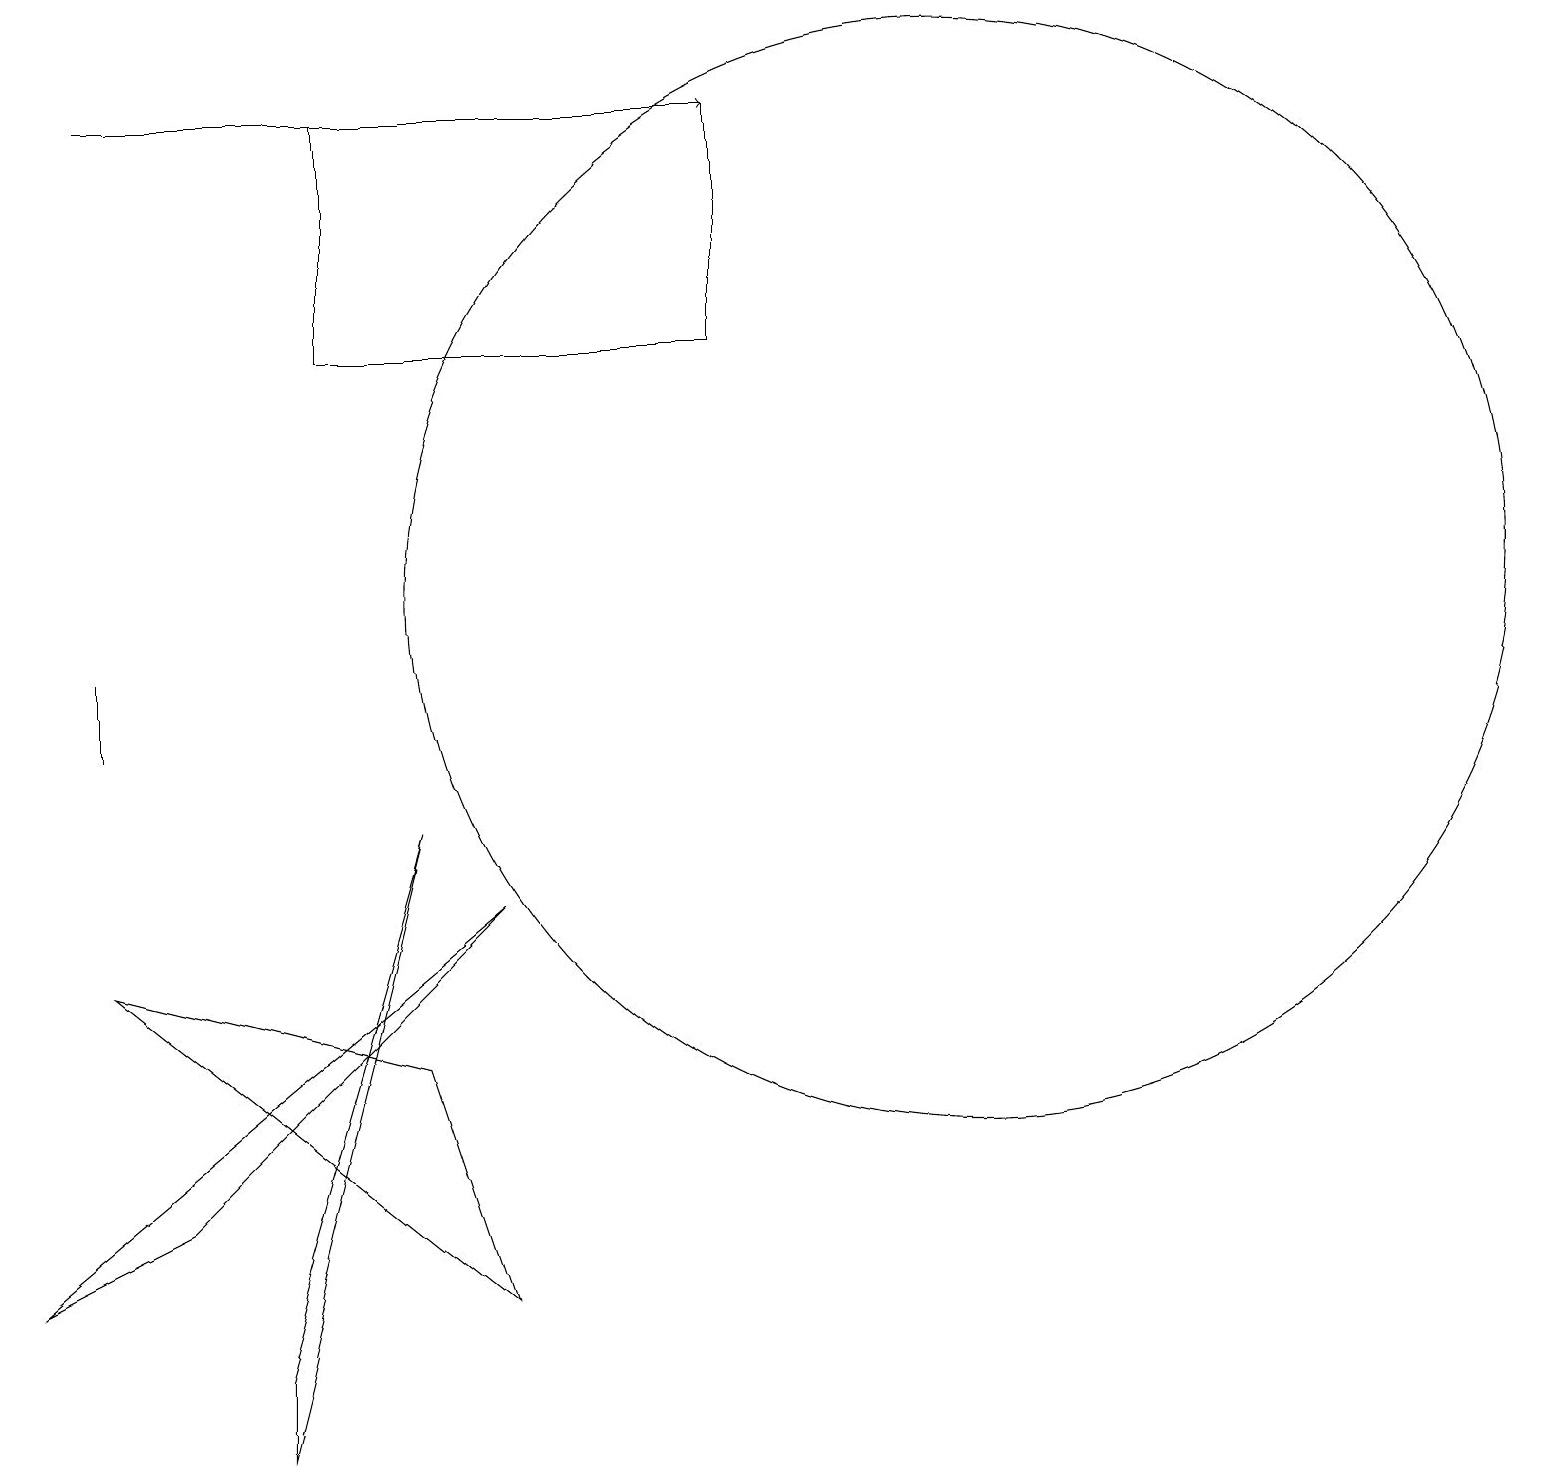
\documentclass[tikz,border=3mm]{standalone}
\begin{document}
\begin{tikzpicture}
\draw[->] (1,18) -- (9,18);
\draw (12,12) circle (7);
\draw (6,3) -- (1,7) -- (5,6) -- cycle;
\draw (9,15) rectangle (4,18);
\draw (2,4) -- (6,8) -- (0,3) -- cycle;
\draw (1,10) rectangle (1,11);
\draw (3,2) -- (3,1) -- (5,9) -- cycle;
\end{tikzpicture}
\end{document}